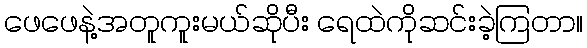
ဖေဖေနဲ့အတူကူးမယ်ဆိုပီး ရေထဲကိုဆင်းခဲ့ကြတာ။